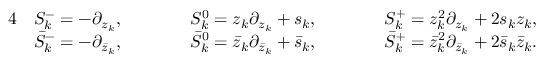
\begin{array} { r l r l r l r } { { 4 } } & { S _ { k } ^ { - } = - \partial _ { z _ { k } } , \qquad } & & { S _ { k } ^ { 0 } = z _ { k } \partial _ { z _ { k } } + s _ { k } , \qquad } & & { S _ { k } ^ { + } = z _ { k } ^ { 2 } \partial _ { z _ { k } } + 2 s _ { k } z _ { k } , } & \\ & { \bar { S } _ { k } ^ { - } = - \partial _ { \bar { z } _ { k } } , \qquad } & & { \bar { S } _ { k } ^ { 0 } = \bar { z } _ { k } \partial _ { \bar { z } _ { k } } + \bar { s } _ { k } , \qquad } & & { \bar { S } _ { k } ^ { + } = \bar { z } _ { k } ^ { 2 } \partial _ { \bar { z } _ { k } } + 2 \bar { s } _ { k } \bar { z } _ { k } . } & \end{array}